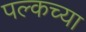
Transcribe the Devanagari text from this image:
पल्कच्या